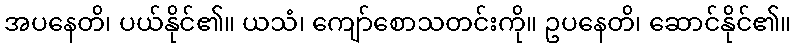
အပနေတိ၊ ပယ်နိုင်၏။ ယသံ၊ ကျော်စောသတင်းကို။ ဥပနေတိ၊ ဆောင်နိုင်၏။